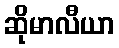
ဆိုမာလီယာ